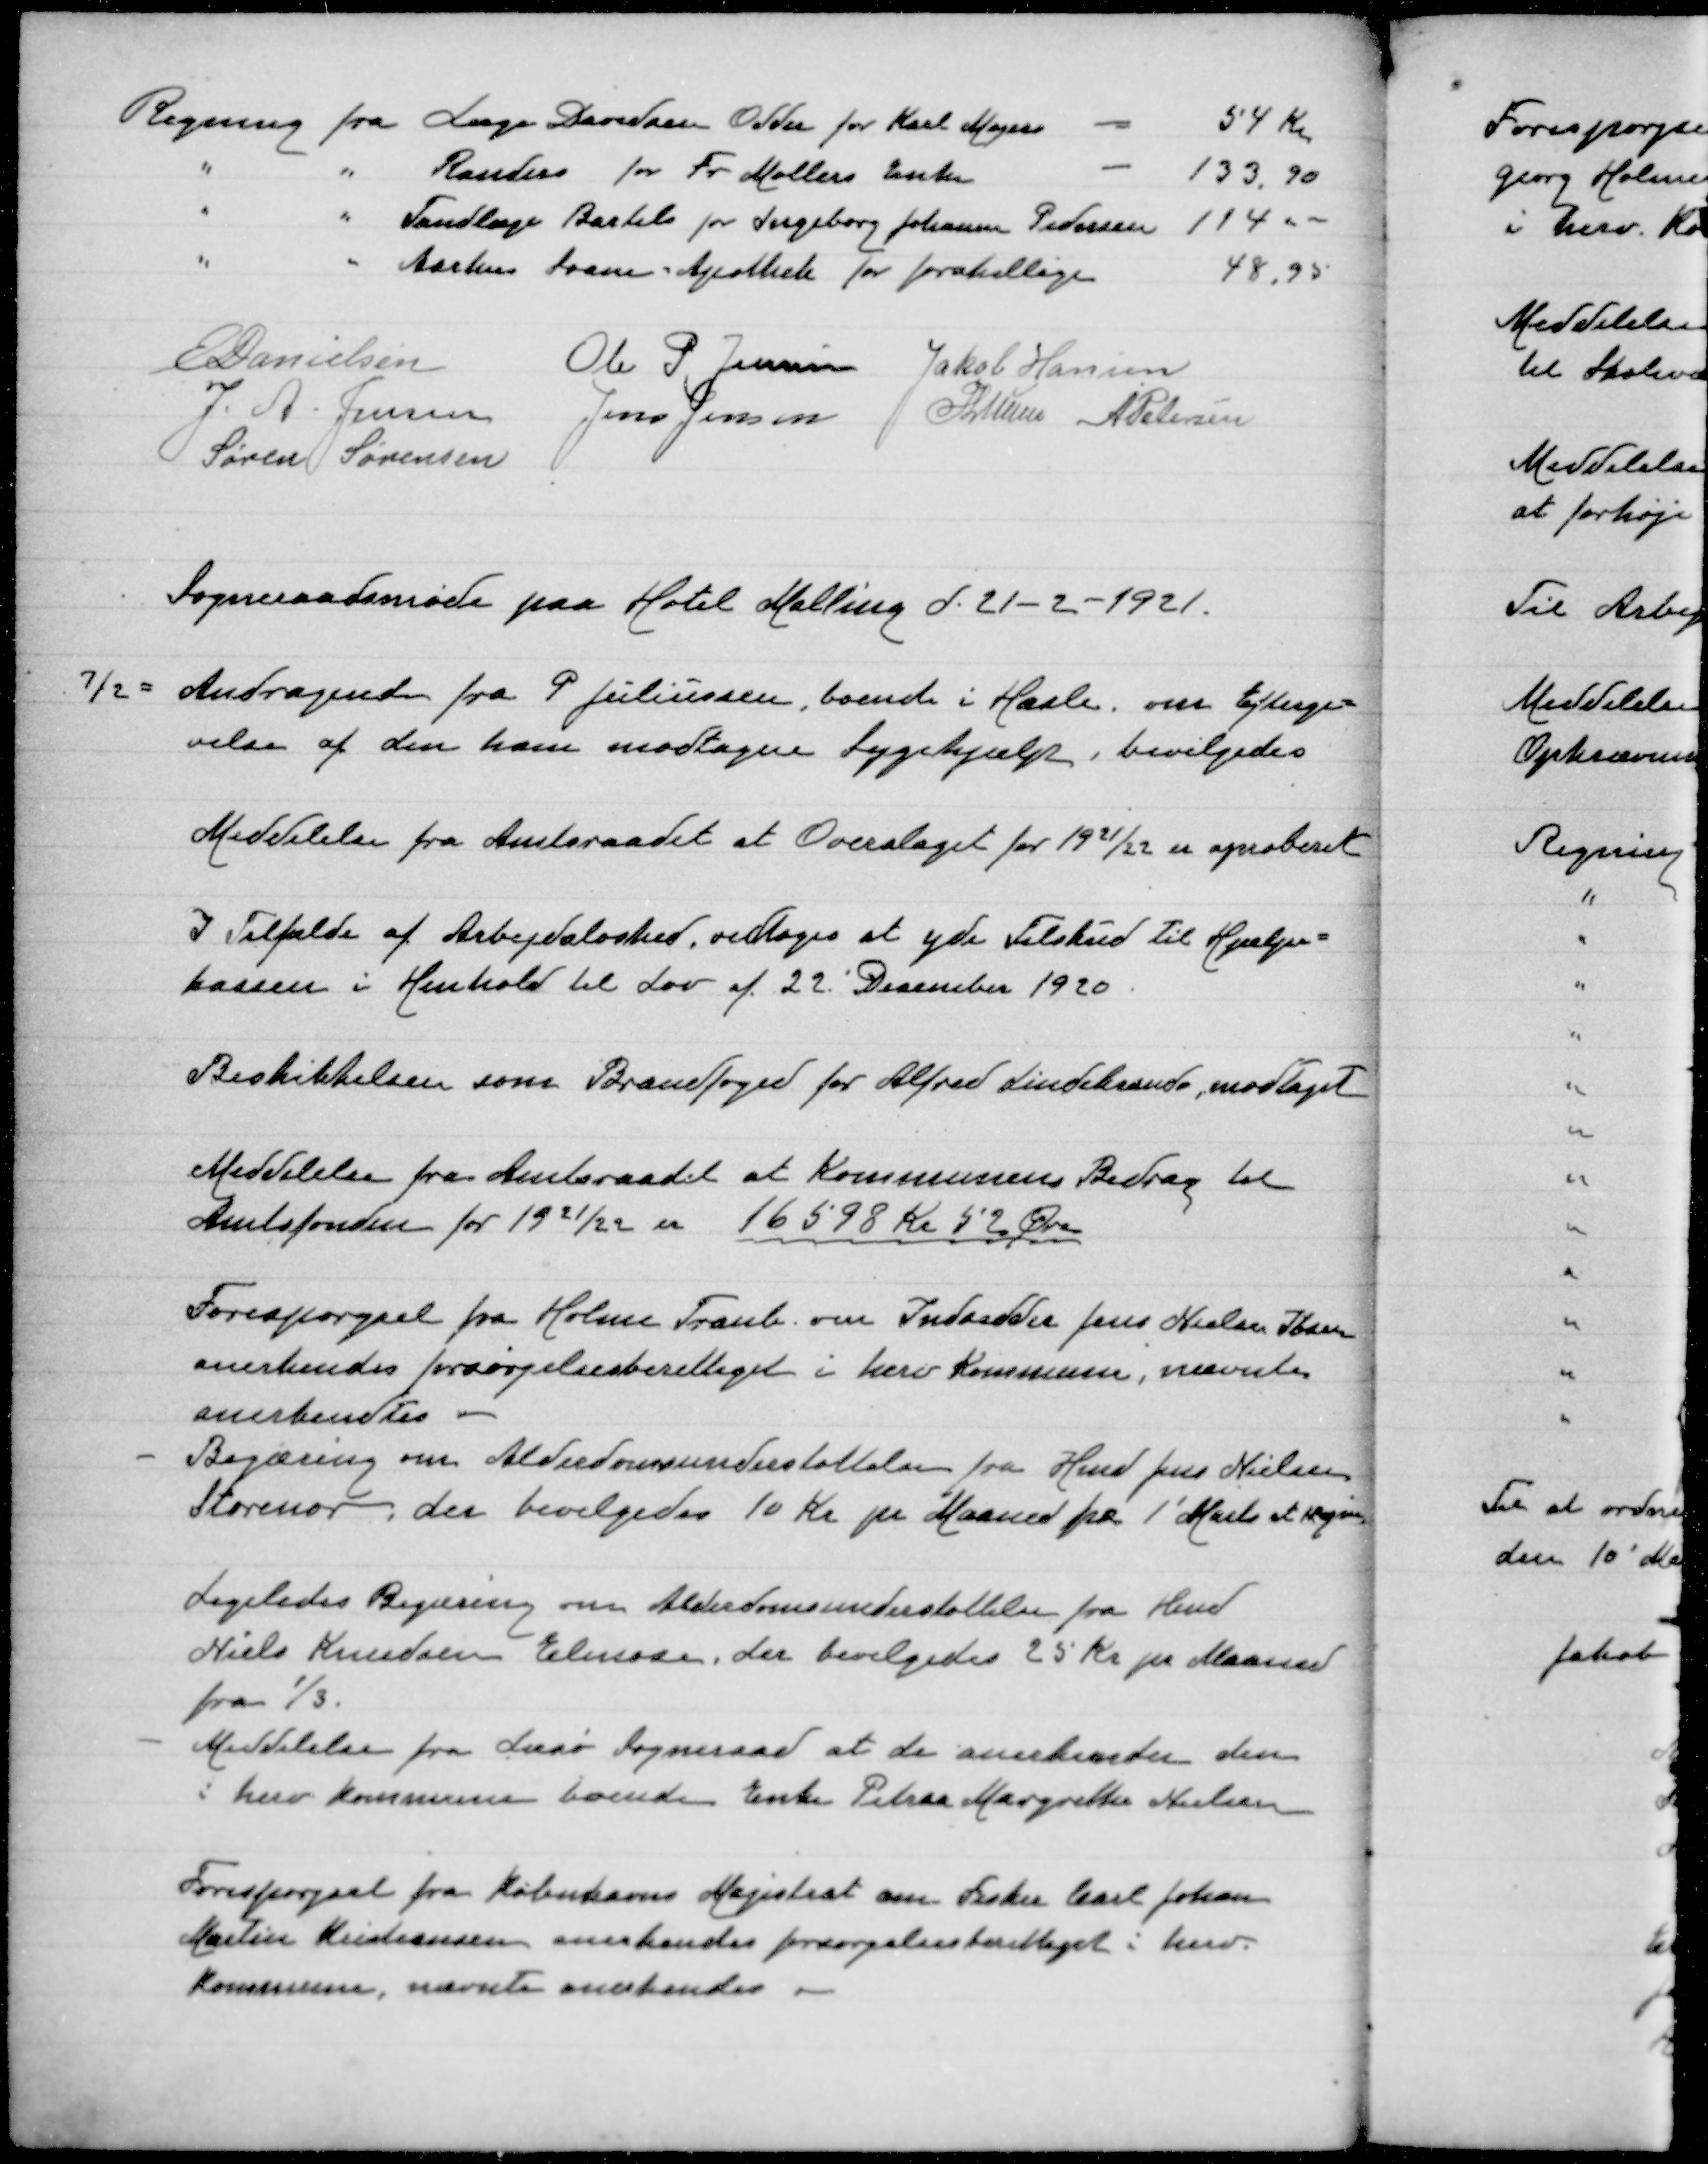
Transskription:
E Danielsen
Ole P Jensen
Jakob Hansen
J.A. Jensen
Jens Jensen
P Lunn
A Petersen
Søren Sørensen

Sogneraadsmøde paa Hotel Malling d. 21-2-1921.

7/2 = Andragende fra P Juliussen, boende i Hasle, om Eftergi=
velse af den ham modtagne Sygehjælp, bevilgedes

Meddelelse fra Amtsraadet at Overslaget for 1921/22 er aproberet

I Tilfælde af Arbejdsløshed, vedtoges at yde Tilskud til Hjælpe=
kassen i Henhold til Lov af 22.'Desember 1920.

Beskikkelsen som Brandfoged for Alfred Lindekrands, modtaget

Meddelelse fra Amtsraadet at Kommunens Bidrag tilAmtsfonden for 1921/22 er 16598 Kr 52 Øre
Amtsfonden for 1921/22 er 16598 Kr 52 Øre

Forespørgsel fra Holme Tranb. om Indsidder Jens Nielsen
anerkendes forsørgelsesberettiget i hgerv Kommune, nævnte
aerkendtes

Begæring om Alderdomsunderstøttelse fra Hmd Jens Nielsen
Storenor, der bevilgedes 10 Kr pr Maaned fra 1' Marts at regne

Ligeledes Begæring om Alderdomsunderstøttelse fra Hmd
Niels Knudsen Elmose, der bevilgedes 25 Kr pr Maaned
fra 1/3.

Meddelelse fra Læsø Sogneraad at de anerkender den
i herv Kommune boende Enke Petraa Margrethe Nielsen

Forespørgsel fra Københavns Magistrat om Fisker Carl Johan
Martin Kristiansen anerkendes forsørgelsesberettiget i herv.
Kommune, nævnte anerkendes.